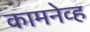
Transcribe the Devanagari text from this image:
कामनेव्ह